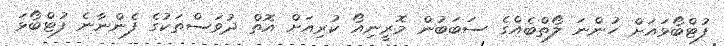
ފުޓްބޯޅައަށް ހުންނަ ލޯތްބެއްގެ ސަބަބުން މޮރީނިއޯ ކުރިއަށް އޮތް ދުވަސްތަކުގެ ފެންނާނެ ފުޓްބޯޅަ